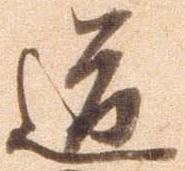
道